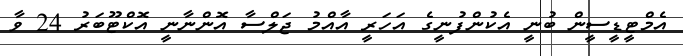
އެމްޓީޑީސީން ބުނީ އެކުންފުނީގެ އަހަރީ އާއްމު ޖަލްސާ އޮންނާނީ އޮކްޓޫބަރު 24 ވާ